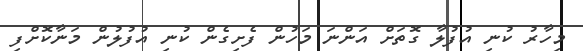
މިހާރު ކުނި އުފުލާ ގޮތަށް އަންނަ މަހުން ފެށިގެން ކުނި އުފުލުން މަނާކޮށްފި